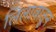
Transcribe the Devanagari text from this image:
लिलावातून